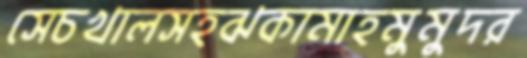
সেচখালসহঝকামাহমুমুদর